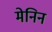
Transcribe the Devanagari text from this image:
मेनिन